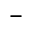
-